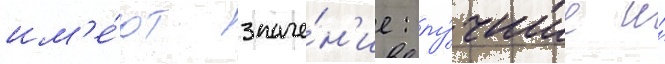
им'е́ют значе́н'ие: лу́чшие и́